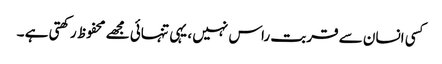
کسی انسان سے قربت راس نہیں ، یہی تنہائی مجھے محفوظ رکھتی ہے ۔